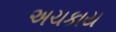
અચકાય